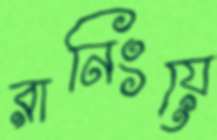
রানিংয়ে